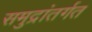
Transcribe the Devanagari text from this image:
समुद्रांतर्गत